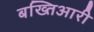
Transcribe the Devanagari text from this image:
बख्तिआरी